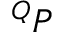
^ Q P